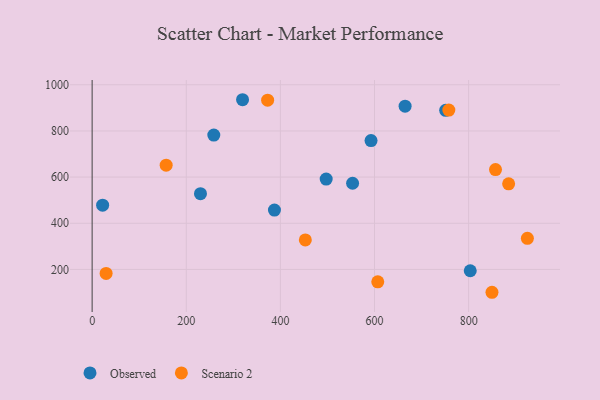
{"axis": {"x": "Study Hours", "y": "Profit"}, "legend": ["Observed", "Scenario 2"], "data": [{"x": "319.6", "y": 935.2, "type": "Observed"}, {"x": "803.4", "y": 194.2, "type": "Observed"}, {"x": "230.2", "y": 528.0, "type": "Observed"}, {"x": "553.4", "y": 573.4, "type": "Observed"}, {"x": "497.3", "y": 591.4, "type": "Observed"}, {"x": "387.4", "y": 457.2, "type": "Observed"}, {"x": "258.5", "y": 781.9, "type": "Observed"}, {"x": "592.6", "y": 758.3, "type": "Observed"}, {"x": "751.2", "y": 889.3, "type": "Observed"}, {"x": "665.0", "y": 907.4, "type": "Observed"}, {"x": "22.3", "y": 478.4, "type": "Observed"}, {"x": "849.6", "y": 100.9, "type": "Scenario 2"}, {"x": "29.7", "y": 182.6, "type": "Scenario 2"}, {"x": "372.9", "y": 933.4, "type": "Scenario 2"}, {"x": "606.9", "y": 146.3, "type": "Scenario 2"}, {"x": "453.0", "y": 327.7, "type": "Scenario 2"}, {"x": "157.3", "y": 651.7, "type": "Scenario 2"}, {"x": "924.8", "y": 334.5, "type": "Scenario 2"}, {"x": "857.1", "y": 632.6, "type": "Scenario 2"}, {"x": "885.0", "y": 570.6, "type": "Scenario 2"}, {"x": "757.9", "y": 890.5, "type": "Scenario 2"}]}